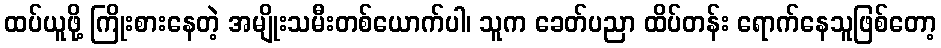
ထပ်ယူဖို့ ကြိုးစားနေတဲ့ အမျိုးသမီးတစ်ယောက်ပါ၊ သူက ခေတ်ပညာ ထိပ်တန်း ရောက်နေသူဖြစ်တော့